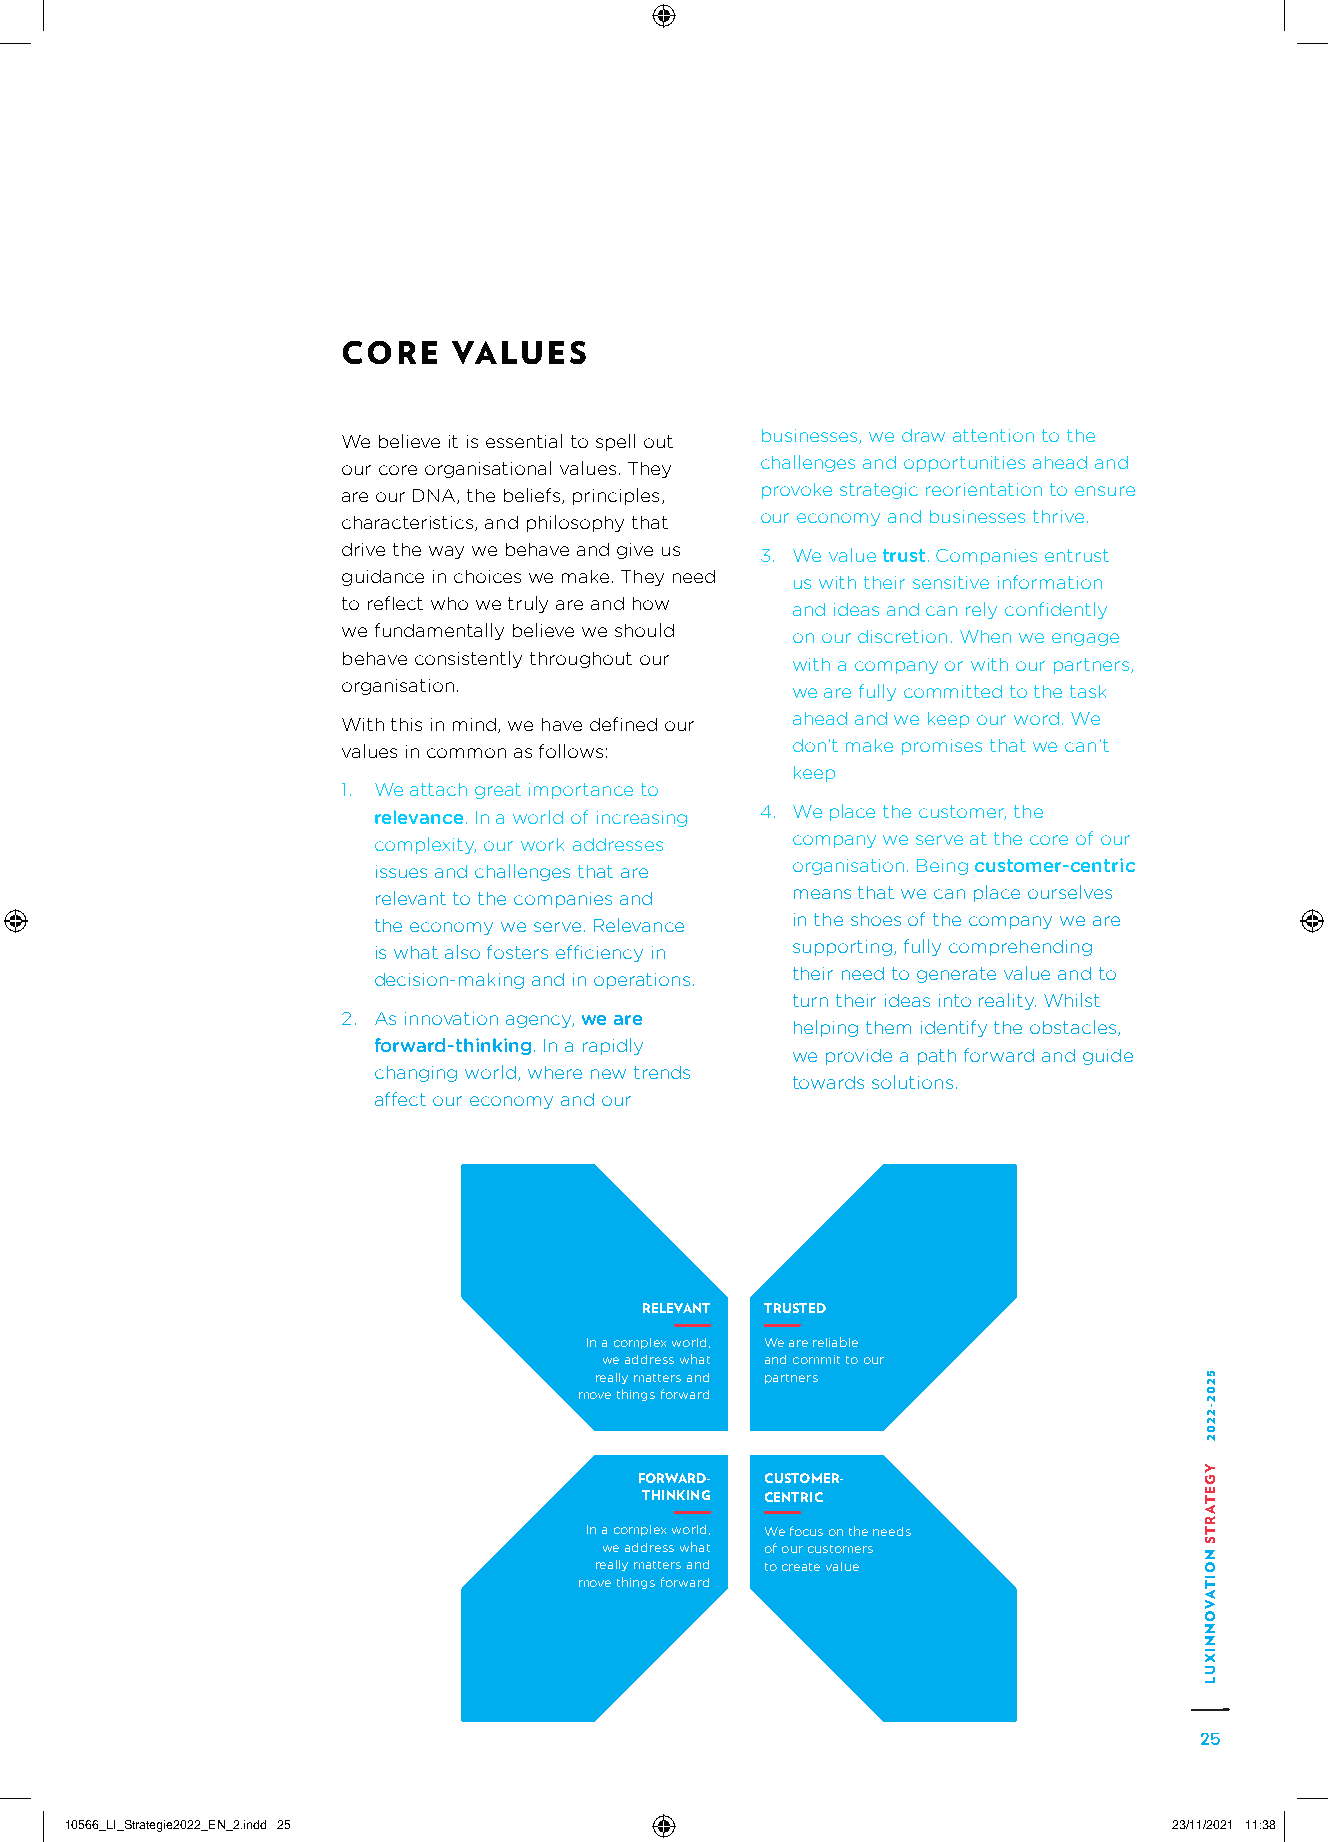
CORE   VALUES
 We believe it is essential to spell out businesses, we draw attention to the
 our core organisational values. They challenges and opportunities ahead and
 are our DNA, the beliefs, principles, provoke strategic reorientation to ensure
 characteristics, and philosophy that our economy and businesses thrive.
 drive the way we behave and give us 3. W e value trust. Companies entrust
 guidance in choices we make. They need us with their sensitive information
 to reflect who we truly are and how and ideas and can rely confidently
 we fundamentally believe we should on our discretion. When we engage
 behave consistently throughout our with a company or with our partners,
 organisation.                we are fully committed to the task
 With this in mind, we have defined our ahead and we keep our word. We
 values in common as follows: don’t make promises that we can’t
 keep
 1. W e attach great importance to
 relevance. In a world of increasing 4. W e place the customer, the
 complexity, our work addresses company we serve at the core of our
 issues and challenges that are organisation. Being customer-centric
 relevant to the companies and means that we can place ourselves
 the economy we serve. Relevance in the shoes of the company we are
 is what also fosters efficiency in supporting, fully comprehending
 decision-making and in operations. their need to generate value and to
 turn their ideas into reality. Whilst
 2. A s innovation agency, we are
 helping them identify the obstacles,
 forward-thinking. In a rapidly
 we provide a path forward and guide
 changing world, where new trends
 towards solutions.
 affect our economy and our
 RELEVANT TRUSTED
 In a complex world, We are reliable
 we address what and commit to our
 really matters and partners
 move things forward
 FORWARD- CUSTOMER-
 THINKING CENTRIC
 In a complex world, We focus on the needs
 we address what of our customers
 really matters and to create value
 move things forward
 25
 1100556666__LLII__SSttrraatteeggiiee22002222__EENN__22..iinndddd 2255     2233//1111//22002211 1111::3388
 5202-2202
 YGETARTS
 NOITAVONNIXUL